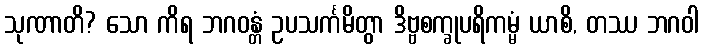
သုဏာတိ? သော ကိရ ဘဂဝန္တံ ဥပသင်္ကမိတွာ ဒိဗ္ဗစက္ခုပရိကမ္မံ ယာစိ, တဿ ဘဂဝါ